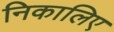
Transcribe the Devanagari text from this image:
निकालिए